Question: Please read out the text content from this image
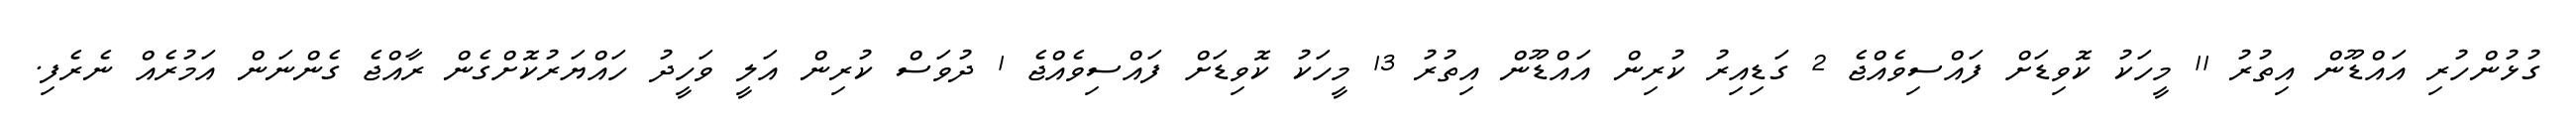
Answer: ގުޅުންހުރި އައްޑޫން އިތުރު 11 މީހަކު ކޮވިޑަށް ފައްސިވެއްޖެ 2 ގަޑިއިރު ކުރިން އައްޑޫން އިތުރު 13 މީހަކު ކޮވިޑަށް ފައްސިވެއްޖެ 1 ދުވަސް ކުރިން އަލީ ވަހީދު ހައްޔަރުކޮށްގެން ރާއްޖެ ގެންނަން އަމުރެއް ނެރެފި.